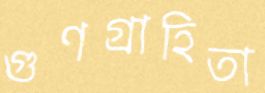
গুণগ্রাহিতা